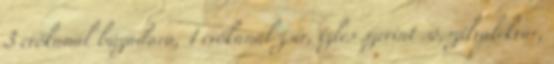
3 evőkanál búzadara, 1 evőkanál zsír, ízlés szerint só,szilvalekvár,